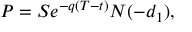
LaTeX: P = S e ^ { - q ( T - t ) } N ( - d _ { 1 } ) ,